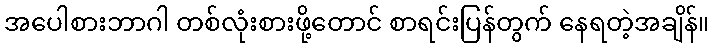
အပေါစားဘာဂါ တစ်လုံးစားဖို့တောင် စာရင်းပြန်တွက် နေရတဲ့အချိန်။